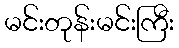
မင်းတုန်းမင်းကြီး